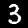
Digit: 3